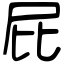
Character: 屁